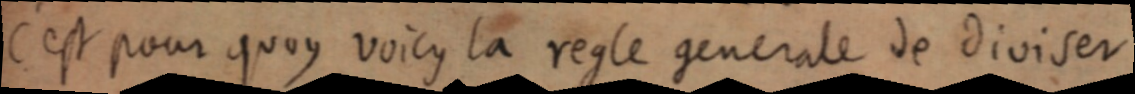
C’est pour quoy voicy la regle generale de diviser